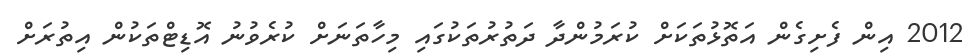
2012 އިން ފެށިގެން އަތޮޅުތަކަށް ކުރަމުންދާ ދަތުރުތަކުގައި މިހާތަނަށް ކުރެވުނު އޮޑިޓްތަކުން އިތުރަށް